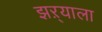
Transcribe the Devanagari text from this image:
झऱ्याला